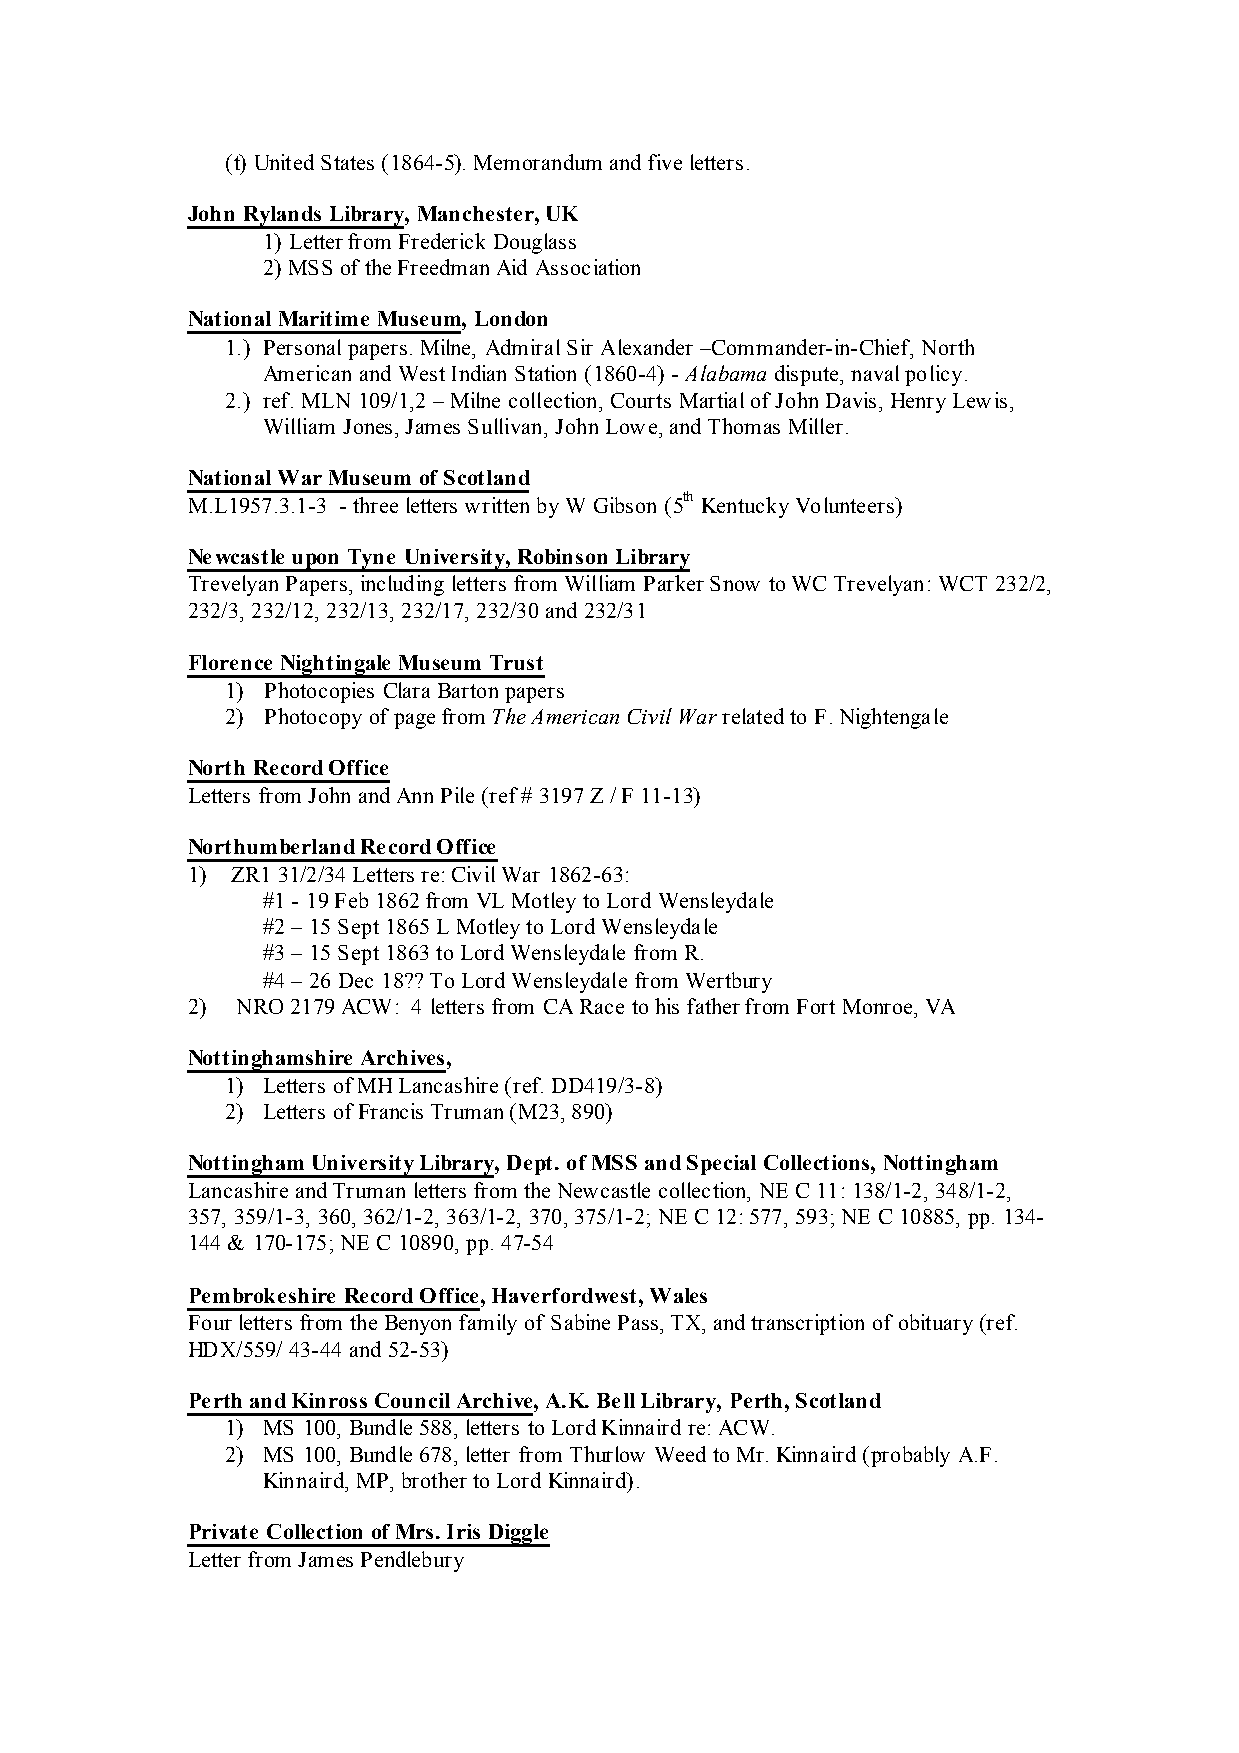
(t) United States (1864-5). Memorandum and five letters.
 John Rylands Library, Manchester, UK
 1) Letter from Frederick Douglass
 2) MSS of the Freedman Aid Association
 National Maritime Museum, London
 1.) Personal papers. Milne, Admiral Sir Alexander –Commander-in-Chief, North
 American and West Indian Station (1860-4) - Alabama dispute, naval policy.
 2.) ref. MLN 109/1,2 – Milne collection, Courts Martial of John Davis, Henry Lewis,
 William Jones, James Sullivan, John Lowe, and Thomas Miller.
 National War Museum of Scotland
 M.L1957.3.1-3 - three letters written by W Gibson (5th Kentucky Volunteers)
 Newcastle upon Tyne University, Robinson Library
 Trevelyan Papers, including letters from William Parker Snow to WC Trevelyan: WCT 232/2,
 232/3, 232/12, 232/13, 232/17, 232/30 and 232/31
 Florence Nightingale Museum Trust
 1) Photocopies Clara Barton papers
 2) Photocopy of page from The American Civil War related to F. Nightengale
 North Record Office
 Letters from John and Ann Pile (ref # 3197 Z / F 11-13)
 Northumberland Record Office
 1) ZR1 31/2/34 Letters re: Civil War 1862-63:
 #1 - 19 Feb 1862 from VL Motley to Lord Wensleydale
 #2 – 15 Sept 1865 L Motley to Lord Wensleydale
 #3 – 15 Sept 1863 to Lord Wensleydale from R.
 #4 – 26 Dec 18?? To Lord Wensleydale from Wertbury
 2)  NRO 2179 ACW: 4 letters from CA Race to his father from Fort Monroe, VA
 Nottinghamshire Archives,
 1) Letters of MH Lancashire (ref. DD419/3-8)
 2) Letters of Francis Truman (M23, 890)
 Nottingham University Library, Dept. of MSS and Special Collections, Nottingham
 Lancashire and Truman letters from the Newcastle collection, NE C 11: 138/1-2, 348/1-2,
 357, 359/1-3, 360, 362/1-2, 363/1-2, 370, 375/1-2; NE C 12: 577, 593; NE C 10885, pp. 134-
 144 & 170-175; NE C 10890, pp. 47-54
 Pembrokeshire Record Office, Haverfordwest, Wales
 Four letters from the Benyon family of Sabine Pass, TX, and transcription of obituary (ref.
 HDX/559/ 43-44 and 52-53)
 Perth and Kinross Council Archive, A.K. Bell Library, Perth, Scotland
 1) MS 100, Bundle 588, letters to Lord Kinnaird re: ACW.
 2) MS 100, Bundle 678, letter from Thurlow Weed to Mr. Kinnaird (probably A.F.
 Kinnaird, MP, brother to Lord Kinnaird).
 Private Collection of Mrs. Iris Diggle
 Letter from James Pendlebury